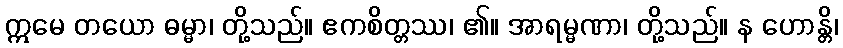
ဣမေ တယော ဓမ္မာ၊ တို့သည်။ ဧကစိတ္တဿ၊ ၏။ အာရမ္မဏာ၊ တို့သည်။ န ဟောန္တိ၊